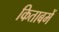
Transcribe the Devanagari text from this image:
किताबमें